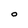
Character: 0